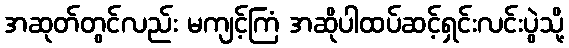
အဆုတ်တွင်လည်း မကျင့်ကြံ အဆိုပါထပ်ဆင့်ရှင်းလင်းပွဲသို့